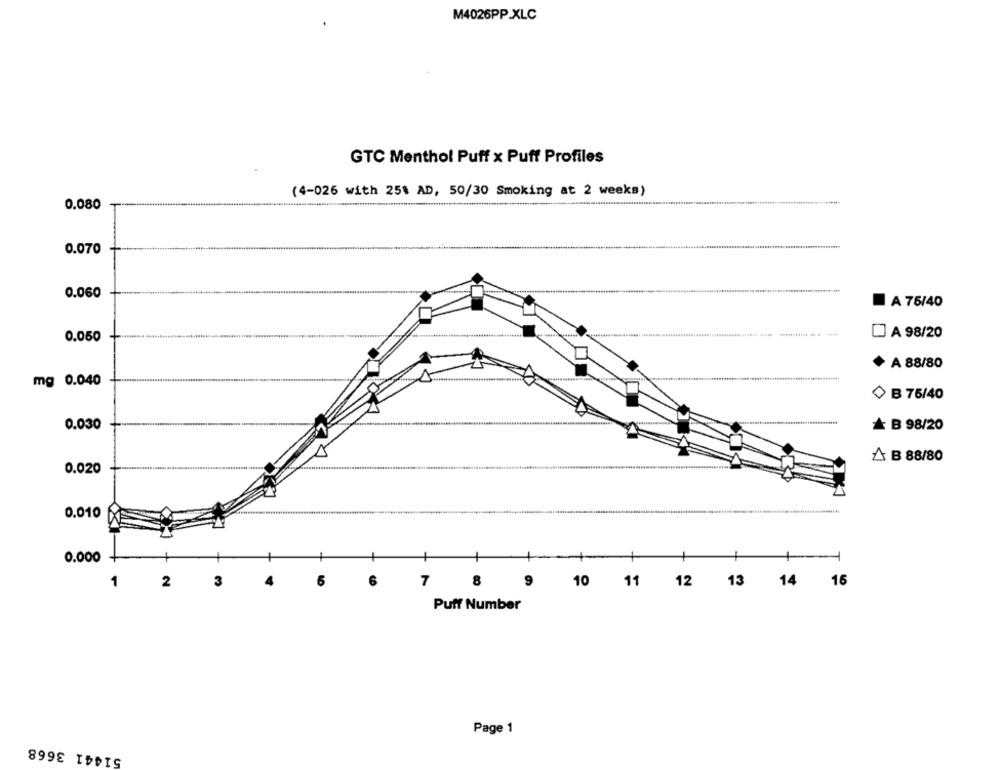
M4026PP XLC
GTC Menthol Puff x Puff Profiles
(4-026 with 25% AD, 50/30 Smoking at 2 weeks)
0,080
0.070
0.060
A 75/40
0.050
A 98/20
A 88/80
mg 0.040
B 75/40
0.030
& B 98/20
A B 88/80
0.020
0.010
0.000
1
1
+
1
2
3
6
6
7 8
9
10 11 12 13 14 16
Puff Number
Page 1
51441 3668